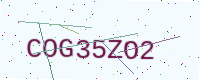
Text: COG35ZO2